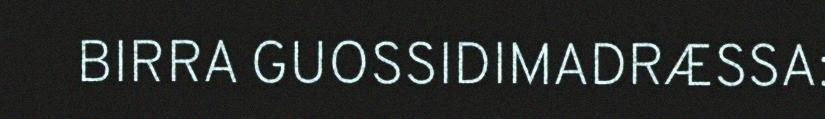
BIRRA GUOSSIDIMADRÆSSA: